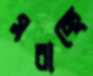
সরাচ্ছে